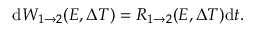
\mathrm { d } W _ { 1 \rightarrow 2 } ( E , \Delta T ) = R _ { 1 \rightarrow 2 } ( E , \Delta T ) \mathrm { d } t .